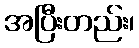
အပြီးတည်း၊